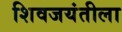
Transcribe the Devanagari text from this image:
शिवजयंतीला